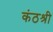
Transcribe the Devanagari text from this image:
कंठश्री